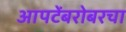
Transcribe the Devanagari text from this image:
आपटेंबरोबरचा